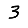
Digit: 3